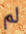
لم